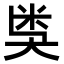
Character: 𥸸